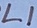
Text: L1